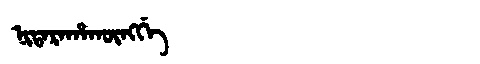
Manchu: ᠨᡳᡨᠠᡵᠠᡥᠠᡴᡡᠩᡤᡝ
Romanization: NITARAHAKŪNGGE